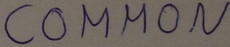
Text: COMMON